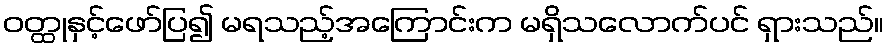
ဝတ္ထုနှင့်ဖော်ပြ၍ မရသည့်အကြောင်းက မရှိသလောက်ပင် ရှားသည်။